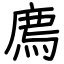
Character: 廌